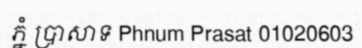
ភ្នំ ប្រាសាទ Phnum Prasat 01020603